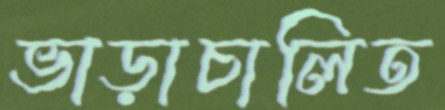
ভাড়াচালিত